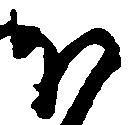
ほ